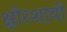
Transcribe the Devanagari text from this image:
क्षीरशायी